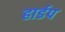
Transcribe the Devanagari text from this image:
हार्डप